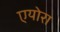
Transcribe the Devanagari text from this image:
एयोरा